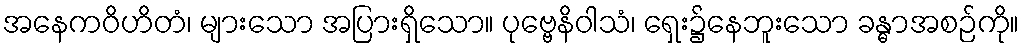
အနေကဝိဟိတံ၊ များသော အပြားရှိသော။ ပုဗ္ဗေနိဝါသံ၊ ရှေး၌နေဘူးသော ခန္ဓာအစဉ်ကို။